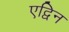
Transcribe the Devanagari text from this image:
एद्विन